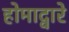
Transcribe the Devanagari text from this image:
होमाद्वारे